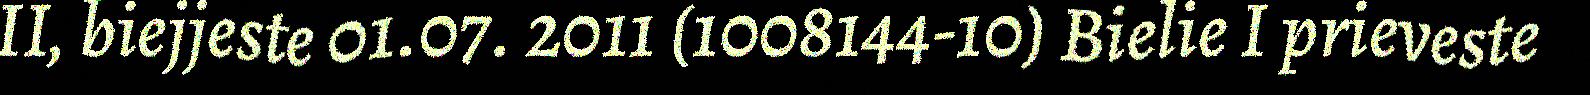
II, biejjeste 01.07. 2011 (1008144-10) Bielie I prieveste